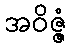
အဝိဇ္ဇံ